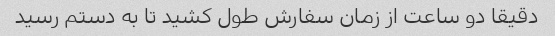
دقیقا دو ساعت از زمان سفارش طول کشید تا به دستم رسید